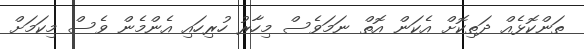
ތަންކޮޅެއް ދަތިކޮށް އެކަން އޮތް ނަމަވެސް މިހާރު ހުރިހައި އެންމެން ވެސް މިކަމަށް